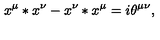
x ^ { \mu } * x ^ { \nu } - x ^ { \nu } * x ^ { \mu } = i \theta ^ { \mu \nu } ,